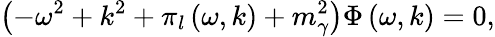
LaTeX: \left(-\omega^{2}+k^{2}+\pi_{l}\left(\omega,k\right)+m_{\gamma}^{2}\right)\Phi\left(\omega,k\right)=0,